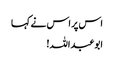
اس پر اس نے کہا
ابوعبداللہ!